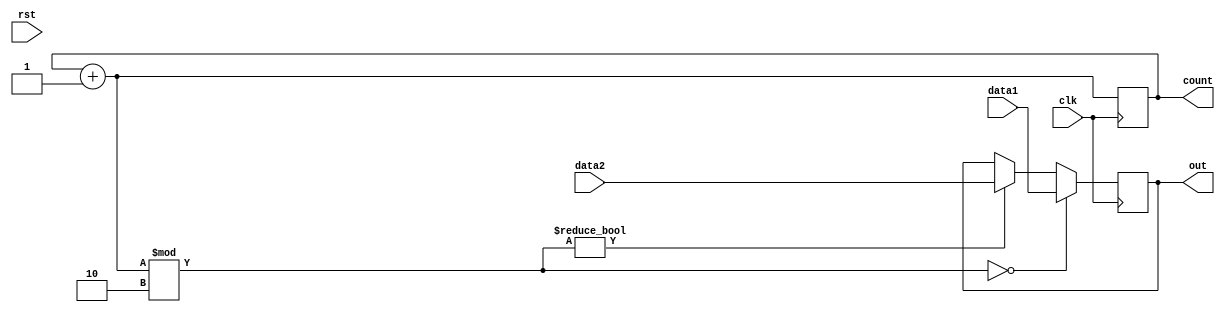
module timeshared_clockedge_alt_approach(
    input clk,
    input data1,
    input data2,
    output reg [3:0] count,
    input rst,
    output reg out
    );
/*
This design is supposed to transfer different single bit values on alternative clock edges.
Here data2 is transferred to output OUT on every odd posedge 
while data1 is transferred on every even posedge.
*/   
initial count =0;
 
always@(posedge clk)
begin
    
    count=count+1;
    
    if(count%2==0)
        out<=data1;
    else if(count%2!=0)
        out<=data2;
end    
endmodule